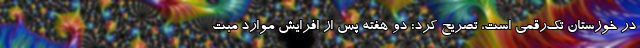
در خوزستان تک‌رقمی است، تصریح کرد: دو هفته پس از افرایش موارد مبت